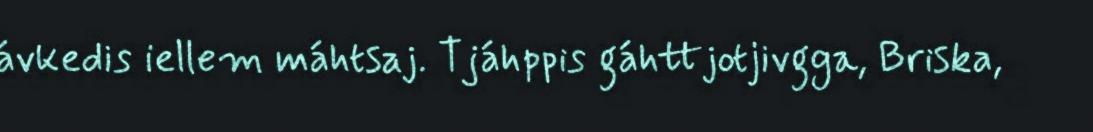
ávkedis iellem máhtsaj. Tjáhppis gáhttjotjivgga, Briska,